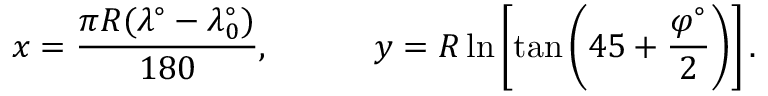
x = { \frac { \pi R ( \lambda ^ { \circ } - \lambda _ { 0 } ^ { \circ } ) } { 1 8 0 } } , \qquad \quad y = R \ln \left[ \tan \left( 4 5 + { \frac { \varphi ^ { \circ } } { 2 } } \right) \right] .